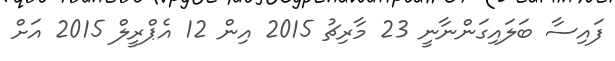
ފައިސާ ބަލައިގަންނާނީ 23 މާރިޗު 2015 އިން 12 އެޕްރީލް 2015 އަށް